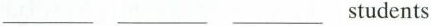
___ ___ ___students